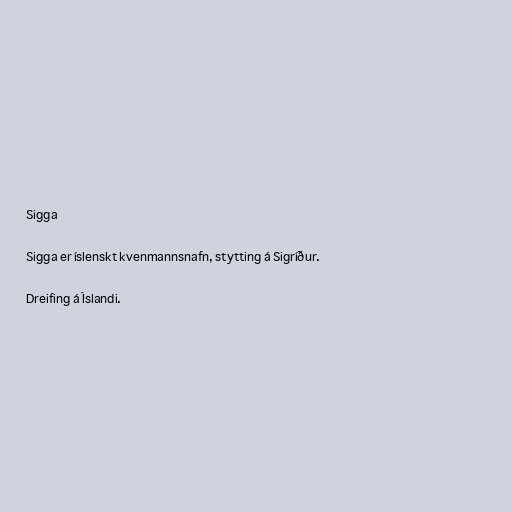
Sigga

Sigga er íslenskt kvenmannsnafn, stytting á Sigríður.

Dreifing á Íslandi.